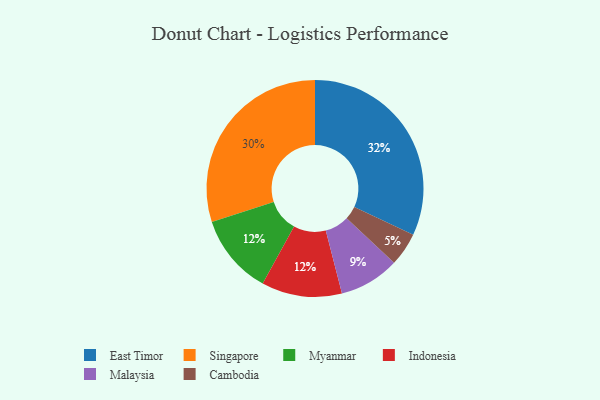
{"axis": {"x": "Category", "y": "Percentage"}, "legend": ["Cambodia", "East Timor", "Indonesia", "Malaysia", "Myanmar", "Singapore"], "data": [{"x": "East Timor", "y": 32, "type": "East Timor"}, {"x": "Myanmar", "y": 12, "type": "Myanmar"}, {"x": "Cambodia", "y": 5, "type": "Cambodia"}, {"x": "Malaysia", "y": 9, "type": "Malaysia"}, {"x": "Singapore", "y": 30, "type": "Singapore"}, {"x": "Indonesia", "y": 12, "type": "Indonesia"}]}